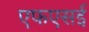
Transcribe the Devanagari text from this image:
एफएसई